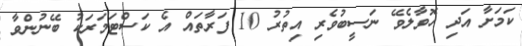
ކަމަށާ އަދި ހޮވާލެވޭ ނަސީބުވެރި އިތުރު 10 ފަރާތައް އެ ކަސްޓަމަރަކު ބޭނުންވާ